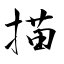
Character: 描